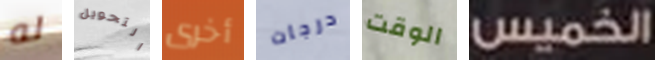
له التحويل أخرى درجات الوقت الخميس